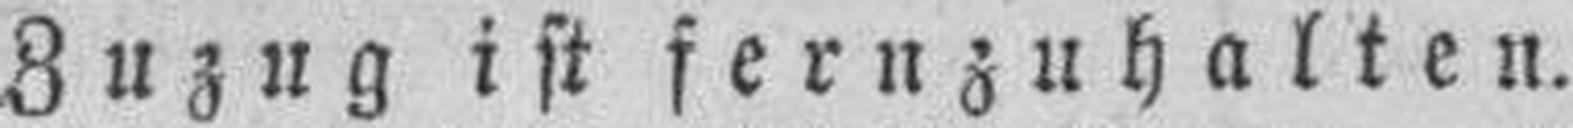
Zuzug ist fernzuhalten.